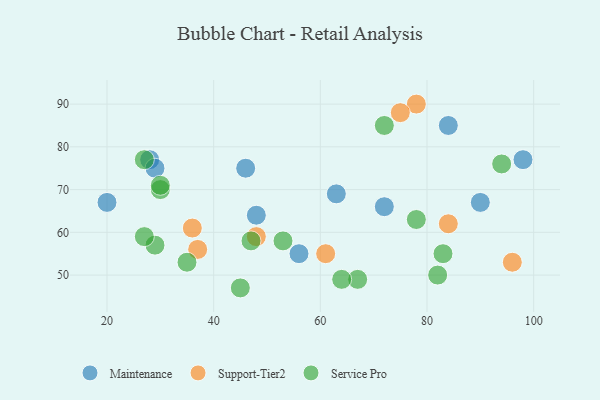
{"axis": {"x": "GDP", "y": "Life Expectancy"}, "legend": ["Maintenance", "Service Pro", "Support-Tier2"], "data": [{"x": "48", "y": 64, "type": "Maintenance"}, {"x": "63", "y": 69, "type": "Maintenance"}, {"x": "20", "y": 67, "type": "Maintenance"}, {"x": "98", "y": 77, "type": "Maintenance"}, {"x": "28", "y": 77, "type": "Maintenance"}, {"x": "46", "y": 75, "type": "Maintenance"}, {"x": "84", "y": 85, "type": "Maintenance"}, {"x": "56", "y": 55, "type": "Maintenance"}, {"x": "90", "y": 67, "type": "Maintenance"}, {"x": "29", "y": 75, "type": "Maintenance"}, {"x": "72", "y": 66, "type": "Maintenance"}, {"x": "48", "y": 59, "type": "Support-Tier2"}, {"x": "84", "y": 62, "type": "Support-Tier2"}, {"x": "78", "y": 90, "type": "Support-Tier2"}, {"x": "75", "y": 88, "type": "Support-Tier2"}, {"x": "61", "y": 55, "type": "Support-Tier2"}, {"x": "36", "y": 61, "type": "Support-Tier2"}, {"x": "96", "y": 53, "type": "Support-Tier2"}, {"x": "37", "y": 56, "type": "Support-Tier2"}, {"x": "45", "y": 47, "type": "Service Pro"}, {"x": "30", "y": 70, "type": "Service Pro"}, {"x": "53", "y": 58, "type": "Service Pro"}, {"x": "67", "y": 49, "type": "Service Pro"}, {"x": "29", "y": 57, "type": "Service Pro"}, {"x": "30", "y": 71, "type": "Service Pro"}, {"x": "47", "y": 58, "type": "Service Pro"}, {"x": "72", "y": 85, "type": "Service Pro"}, {"x": "64", "y": 49, "type": "Service Pro"}, {"x": "35", "y": 53, "type": "Service Pro"}, {"x": "78", "y": 63, "type": "Service Pro"}, {"x": "27", "y": 77, "type": "Service Pro"}, {"x": "83", "y": 55, "type": "Service Pro"}, {"x": "94", "y": 76, "type": "Service Pro"}, {"x": "82", "y": 50, "type": "Service Pro"}, {"x": "27", "y": 59, "type": "Service Pro"}]}